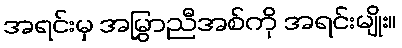
အရင်းမှ အမြွှာညီအစ်ကို အရင်းမျိုး။